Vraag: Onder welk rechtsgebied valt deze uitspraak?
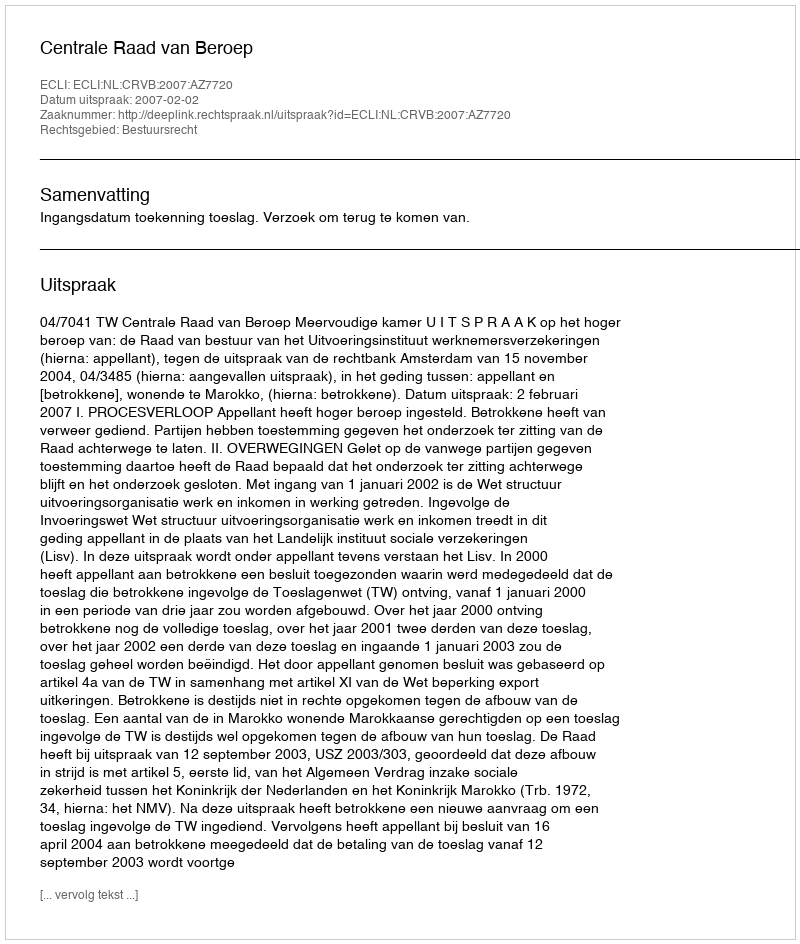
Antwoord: Bestuursrecht